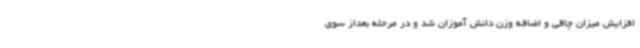
افزایش میزان چاقی و اضافه وزن دانش آموزان شد و در مرحله بعداز سوی